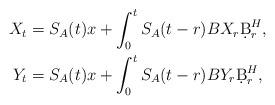
LaTeX: \begin{align*}X_t&=S_A(t)x+\int_0^t S_A(t-r)BX_r\d B^H_r,\\Y_t&=S_A(t)x+\int_0^t S_A(t-r)BY_r\d B^H_r,\end{align*}